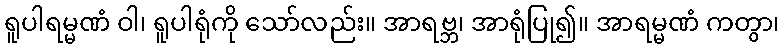
ရူပါရမ္မဏံ ဝါ၊ ရူပါရုံကို သော်လည်း။ အာရဗ္ဘ၊ အာရုံပြု၍။ အာရမ္မဏံ ကတွာ၊